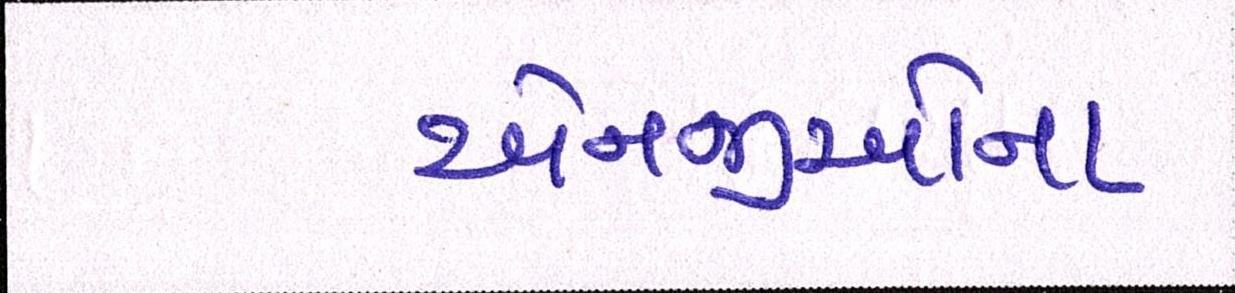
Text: એનજીઓનો